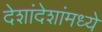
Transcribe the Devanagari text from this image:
देशांदेशांमध्ये